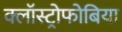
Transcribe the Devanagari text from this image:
क्लॉस्ट्रोफोबिया